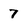
Character: 7